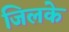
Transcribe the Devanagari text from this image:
जिलके